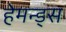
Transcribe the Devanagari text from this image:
हेमन्ड्स